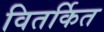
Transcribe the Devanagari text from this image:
वितर्कित